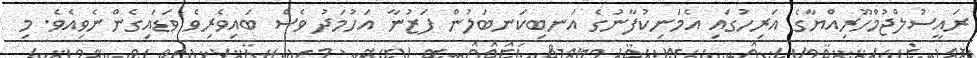
ރައީސުލްޖުމްހޫރިއްޔާގެ އަރިހުގައި އެމަނިކުފާނުގެ އަނބިކަނބަލުން ފަޒުނާ އަހުމަދު ވެސް ބައިވެރިވެ ވަޑައިގެންނެވިއެވެ. މި